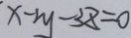
x - 2 y - 3 8 = 0